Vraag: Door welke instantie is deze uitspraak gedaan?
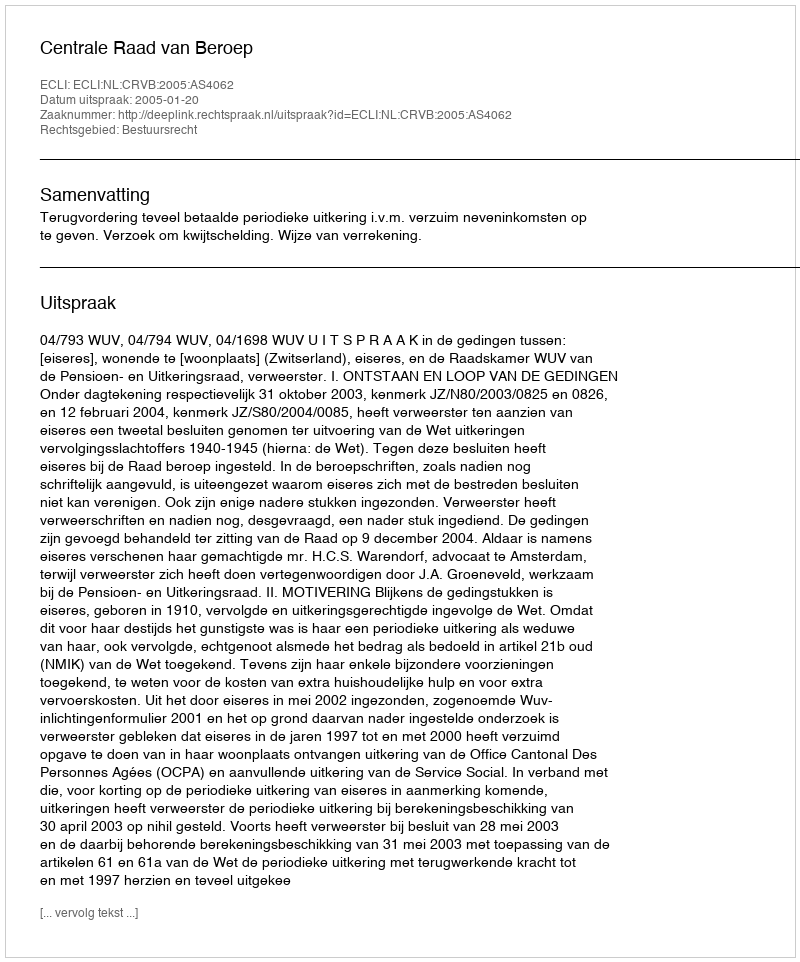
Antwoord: Centrale Raad van Beroep